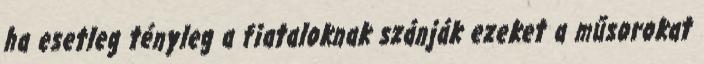
ha esetleg tényleg a fiataloknak szánják ezeket a műsorokat